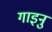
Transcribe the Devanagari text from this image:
गाइनु